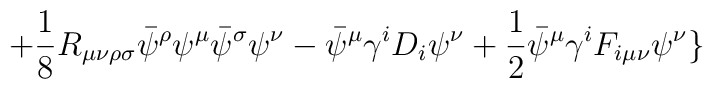
+ \frac{1}{8} R_{\mu\nu\rho\sigma}\bar\psi^\rho \psi^\mu\bar\psi^\sigma \psi^\nu - \bar\psi^\mu \gamma^i D_i \psi^\nu+ \frac{1}{2} \bar\psi^\mu \gamma^i F_{i\mu\nu} \psi^\nu \}